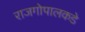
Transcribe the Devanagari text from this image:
राजगोपालकडे